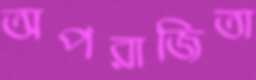
অপরাজিতা